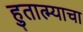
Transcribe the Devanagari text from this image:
हुतात्म्याचा